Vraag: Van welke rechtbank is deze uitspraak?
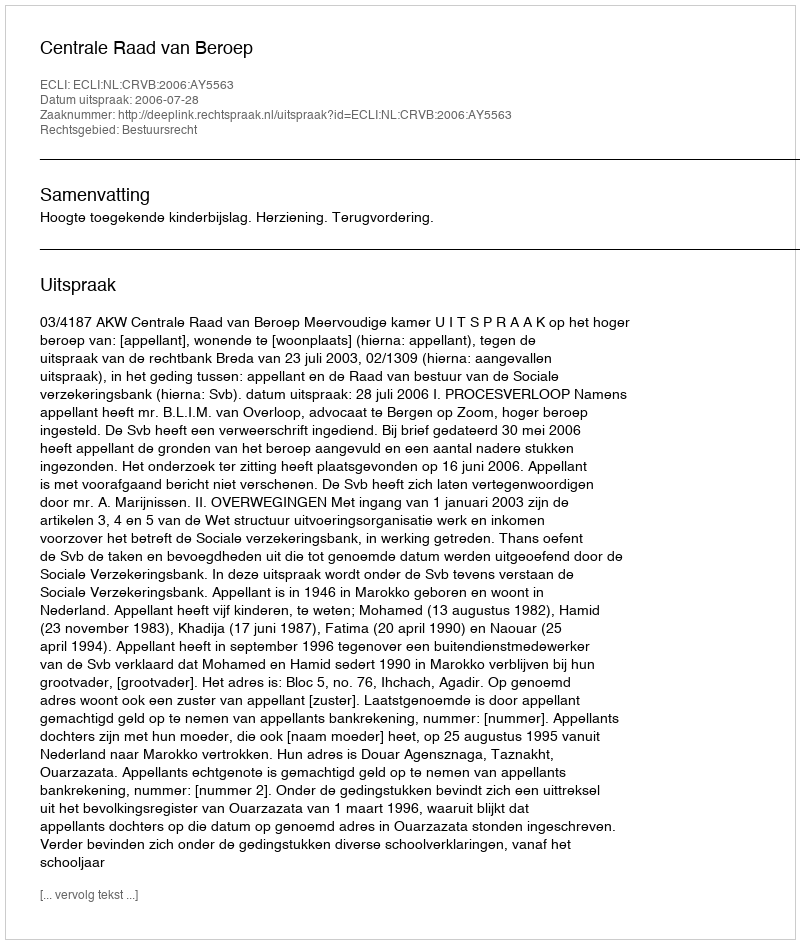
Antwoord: Centrale Raad van Beroep